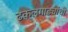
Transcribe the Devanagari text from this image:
ढकलगाड्यांची